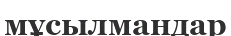
мұсылмандар